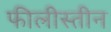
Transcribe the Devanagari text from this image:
फीलीस्तीन